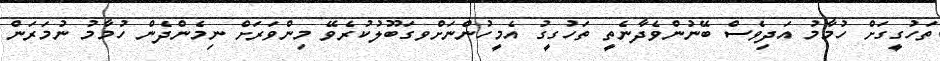
ތަހުގީގަށް ހުމާމު އަދިވެސް ބޭނުންވެދާނެތީ ތަހުގީގު އެމީހުންނަށްވގަބޫލުކުރެވޭ މިންވަރަށްް ނިމެންދެން ހުމާމު ނުމަރަން